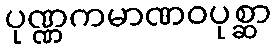
ပုဏ္ဏကမာဏဝပုစ္ဆာ